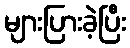
များပြားခဲ့ပြီး